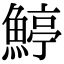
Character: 𩹇